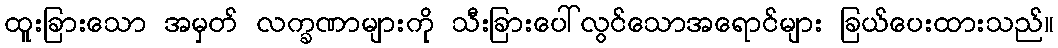
ထူးခြားသော အမှတ် လက္ခဏာများကို သီးခြားပေါ်လွင်သောအရောင်များ ခြယ်ပေးထားသည်။